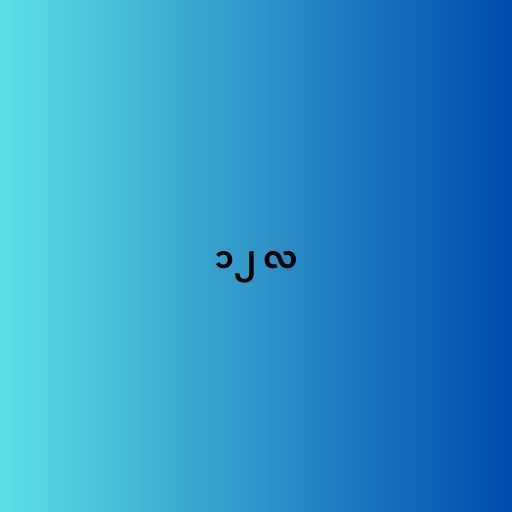
၁၂ လ